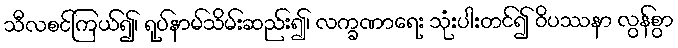
သီလစင်ကြယ်၍၊ ရုပ်နာမ်သိမ်းဆည်း၍၊ လက္ခဏာရေး သုံးပါးတင်၍ ဝိပဿနာ လွန်စွာ